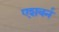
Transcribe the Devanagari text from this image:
एशबर्न